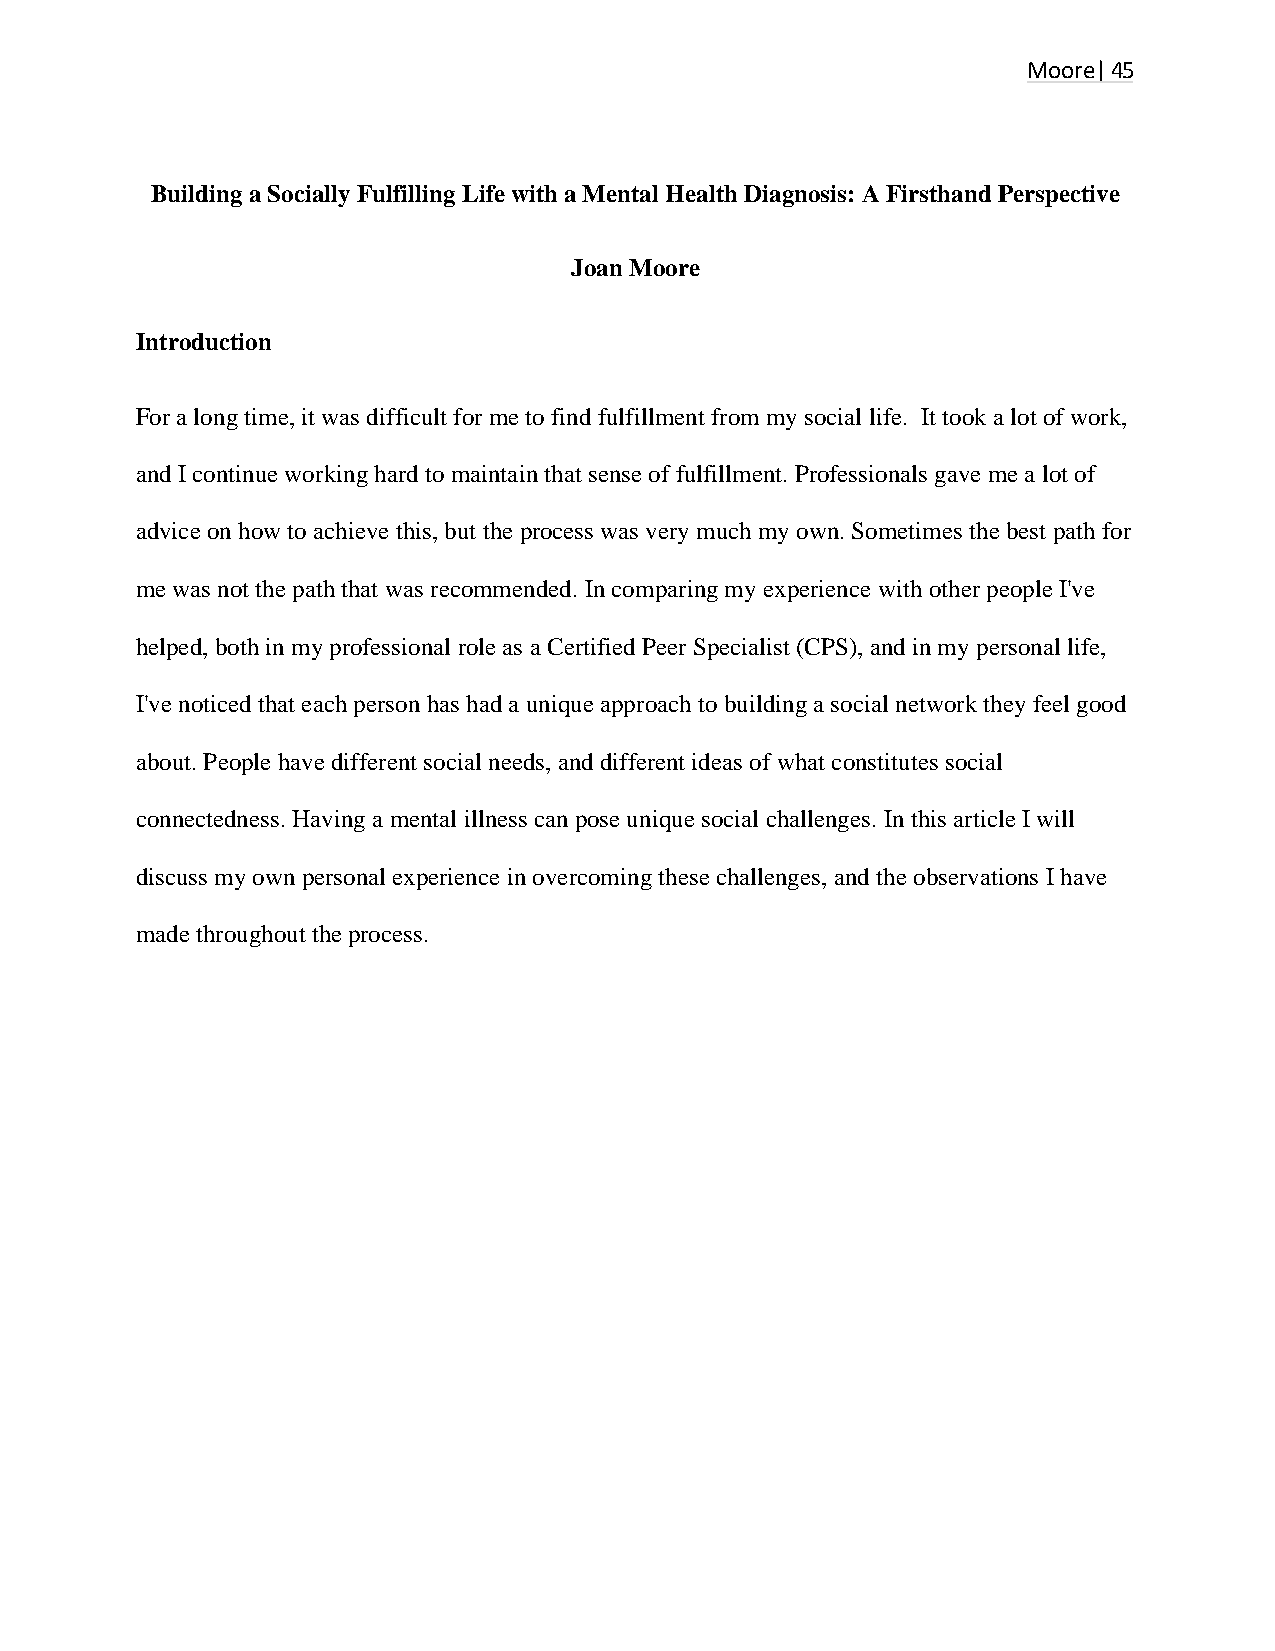
Moore| 45
 Building a Socially Fulfilling Life with a Mental Health Diagnosis: A Firsthand Perspective
 Joan Moore
 Introduction
 For a long time, it was difficult for me to find fulfillment from my social life. It took a lot of work,
 and I continue working hard to maintain that sense of fulfillment. Professionals gave me a lot of
 advice on how to achieve this, but the process was very much my own. Sometimes the best path for
 me was not the path that was recommended. In comparing my experience with other people I've
 helped, both in my professional role as a Certified Peer Specialist (CPS), and in my personal life,
 I've noticed that each person has had a unique approach to building a social network they feel good
 about. People have different social needs, and different ideas of what constitutes social
 connectedness. Having a mental illness can pose unique social challenges. In this article I will
 discuss my own personal experience in overcoming these challenges, and the observations I have
 made throughout the process.